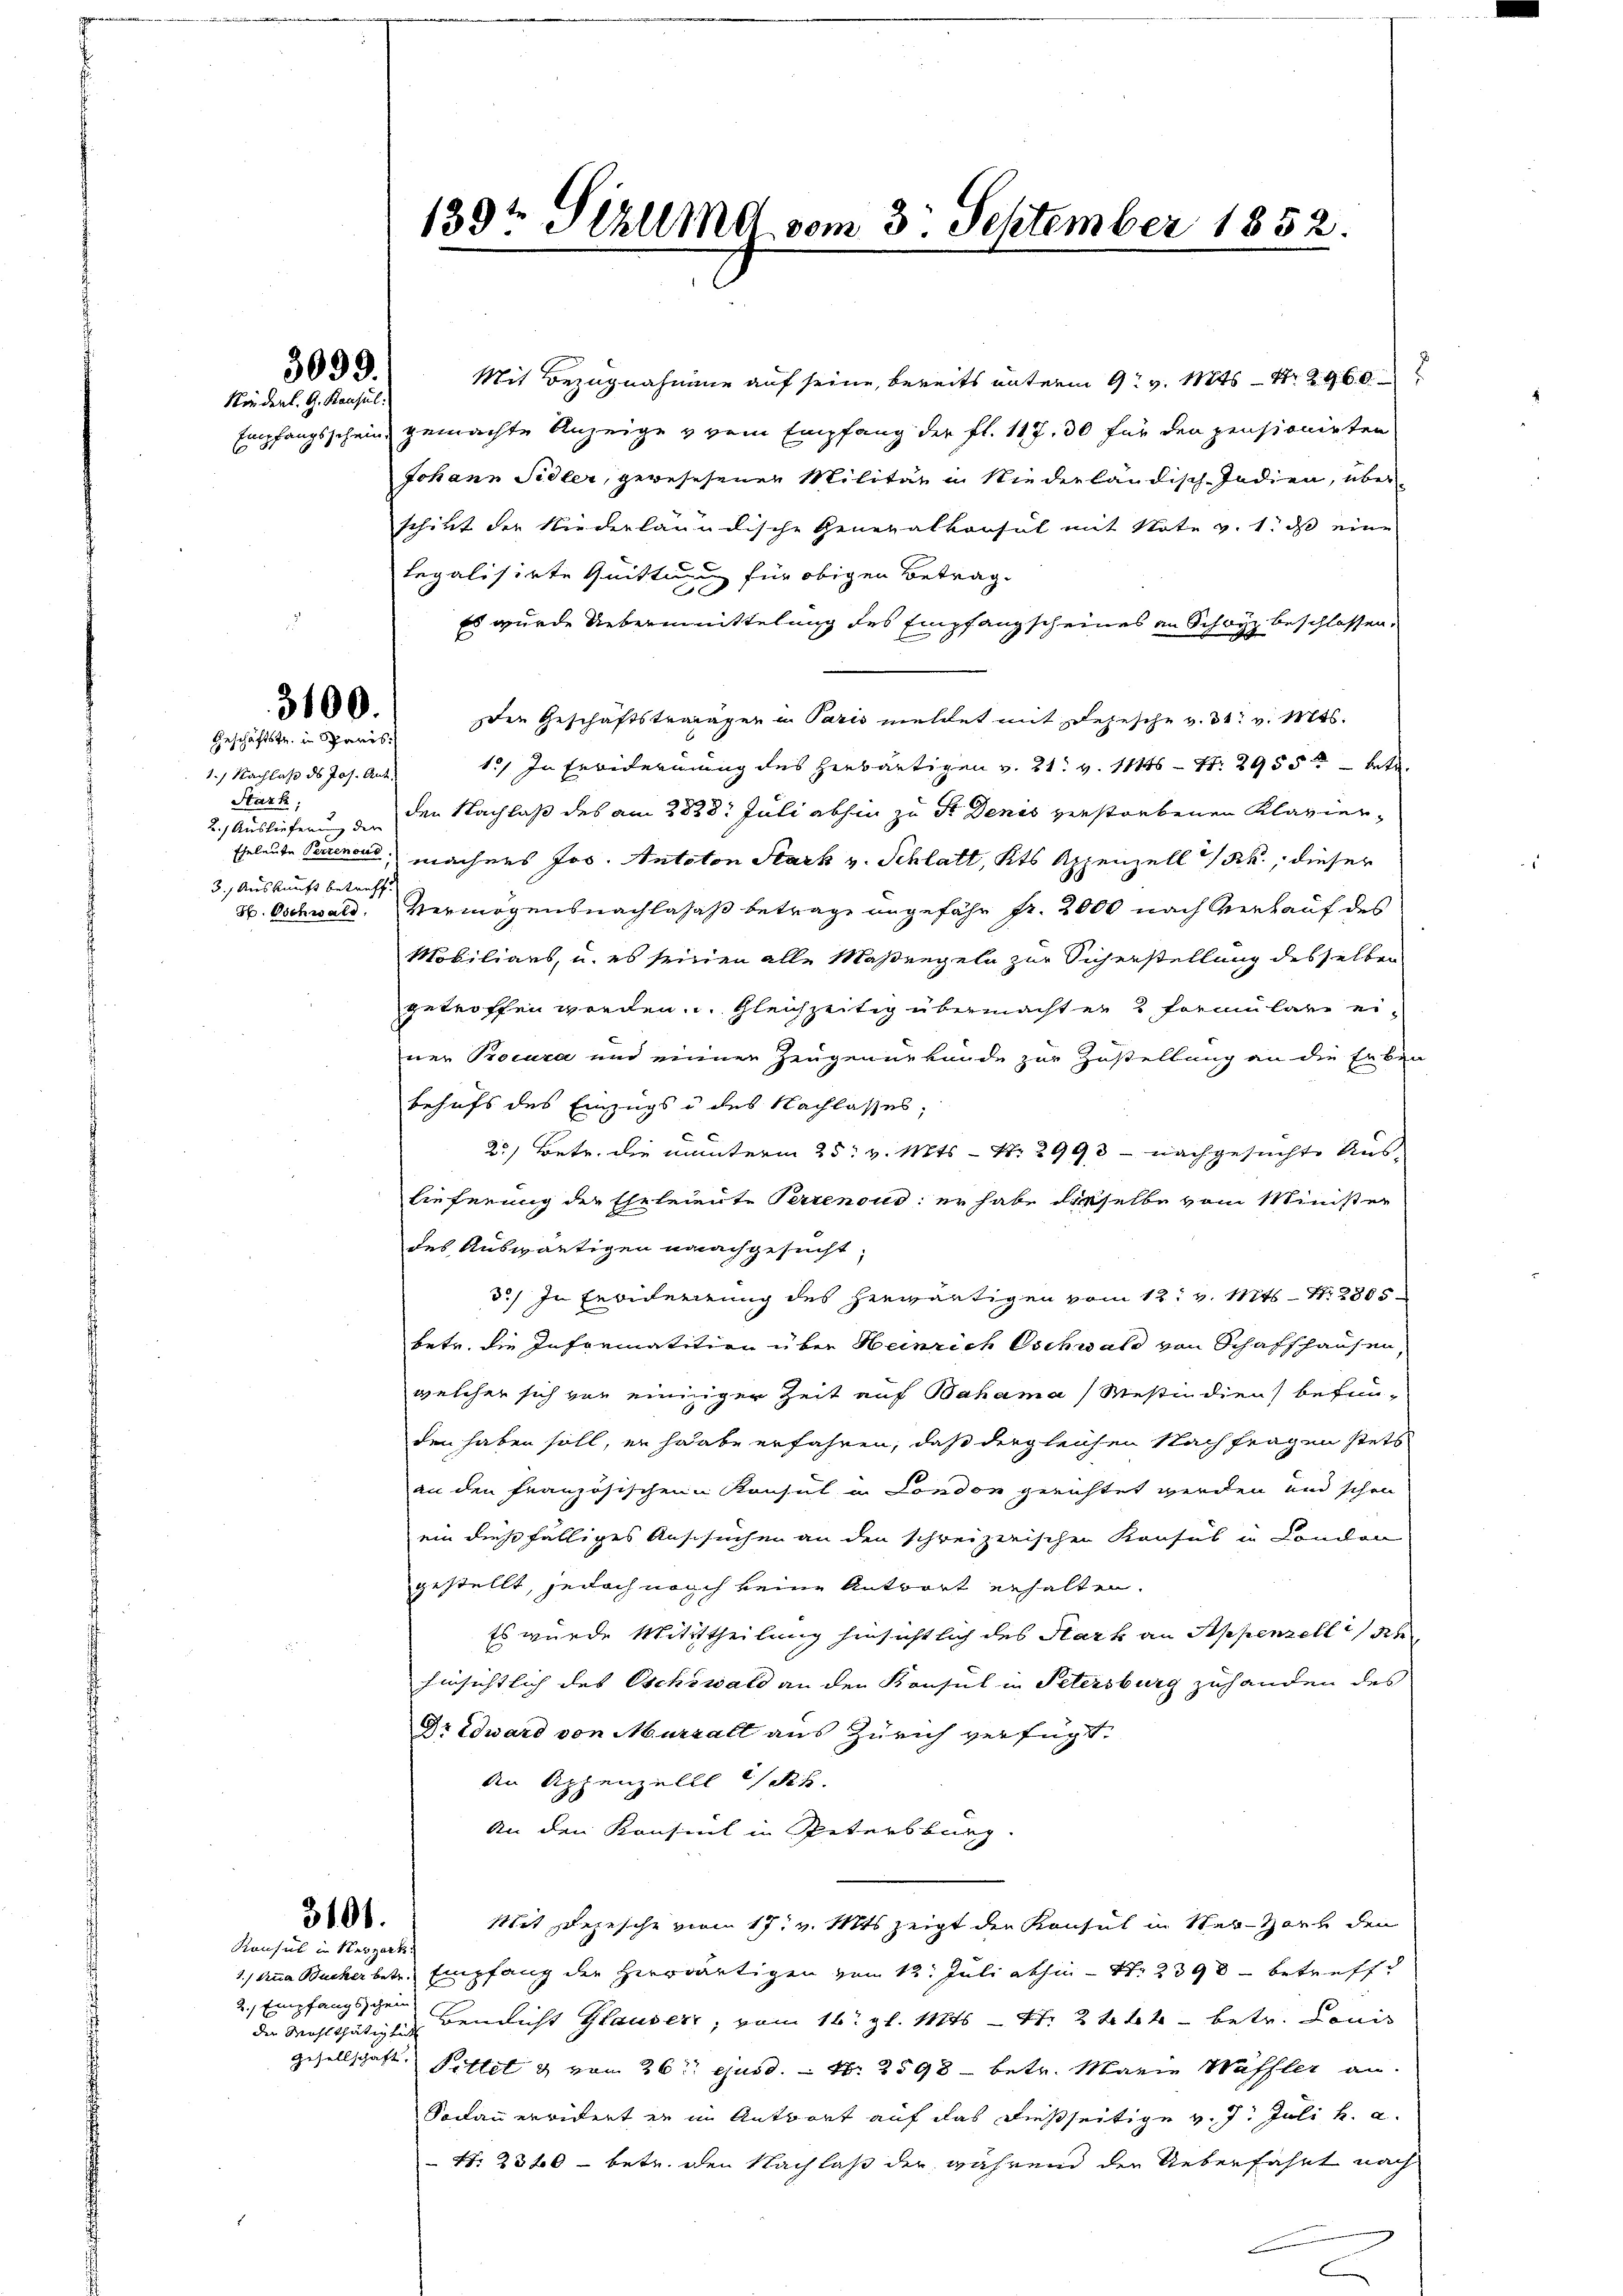
3099.
Kindent. G. Konsul

3100.
Geschäftstr. in Paris

1.) Nachlass des Jos. Ant.
Stark,
2.) Auslieferung der
Eheleute Perrenoud
3.) Auskunft betreff
H. Oschwald.

Mit Bezugnahme auf seine, bereits unterm 9. v. Mts. – Nr. 2960
Empfangsschein gemachte Anzeige vom Empfang der fl. 117. 30 für den pensionirten
Johann Sidler, gegesehenen Militär in Niederländisch-Indien, überschikt der Niederländische Generalkonsul mit Note v. 1. daß eine
legalisirte Quittung für obigen Betrag.
Es wurde Uebermittelung des Empfangscheines an Schwyz beschlossen.
den Geschäftstrarager in Paris meldet mit Depesche v. 31. v. Mts.
15) In Erwiderung des herwärtigen v. 21. v. 111 S. 2955 betr.
den Nachlaß des am 233 8t Juli abhin zu Sr. Denis verstorbenen Klaviermachens Jos. Antoton Mark v. Schlatt, Kts Appenzell a/Rh., dieser
Vermögensnachlasaß betrage ungefähr fr. 2000 nach Verkauf des
Mobiliars, u. es seinen alle Maßregeln zur Sicherstellung desselben
getroffen worden. Gleichzeitig übermachten & Formulare ei-
ner Procura und einer Zeugenurkunde zur Zustellung an die Erben
behufs des Einzugs à des Nachlasses;
20) Betr. die munterm 25. v. Mts. – N. 2993 - nachgesuchte Auslieferung der Eheleiente Perrenous: er habe dieselbe vom Minister
des Auswärtigen nachgesucht;
3.) In Erwiderrung des herwärtigen vom 12t v. Mts. – Nr. 2365
betr. die Informatition über Heinrich schwald von Schaffhausen,
welcher sich von einiger Zeit auf Bahama (Mestindiens befun-
den haben soll, er haabe erfahren, daß dergleichen Nachfragen stets
an den französischen Konsul in London gerichtet werden und schon
ein dießfälliges Anschuchen an den schreizerischen Konsul in London
gestellt, jedoch nach keine Antwort erhalten.
Es wurde Mittheilung hinsichtlich des Hark an Appenzellis Ahr
hinsichtlich des Eschewald an den Konsul in Petersburg zuhanden des
Dr Edward von Murzall aus Zürich verfügt:
An Appenzell a/Rh.
An den Konsint in Petersburg
Mit sezesche vom 17. v. Mts. zeigt der Konsul in Ser-Hort den
1.) Anna Bucher betr. Empfang der Herrwärtigen vom 12. Juli abhin - N. 2398 betreffe
der Wohlthätigten Bennicht Glauber, vom 16. gl. Mts. S. 244 betr. Louis
gesellschaft Fittel & vom 26. ejusd. – Nr. 2598 betr. Marie Waffler an.
Sodann erwidert er im Antwort auf das dießseitige v. 7. Juli h. a.
 N. 2300 - betr. den Nachlaß der während den Ueberfahrt nach

3101.
Konsul in Nergart

2. Empfangschein

139te Schulma vom 3. September 1852.